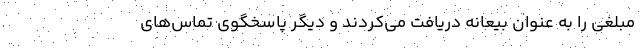
مبلغی را به عنوان بیعانه دریافت می‌کردند و دیگر پاسخگوی تماس‌های